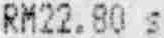
RM22.80 S